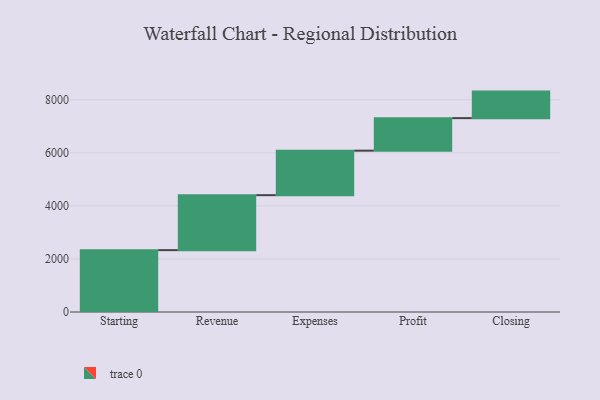
{"axis": {"x": "Step", "y": "Value"}, "legend": [""], "data": [{"x": "Starting", "y": 2332.0, "type": ""}, {"x": "Revenue", "y": 2073.0, "type": ""}, {"x": "Expenses", "y": 1677.0, "type": ""}, {"x": "Profit", "y": 1227.0, "type": ""}, {"x": "Closing", "y": 1000, "type": ""}]}